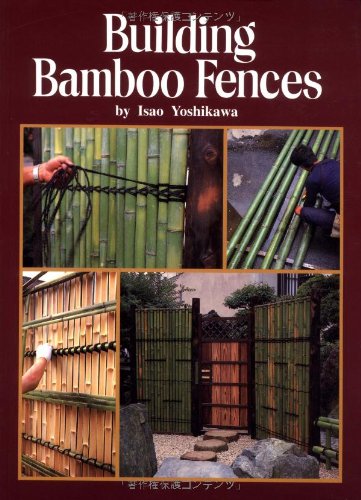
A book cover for Building Bamboo Fences; Isao Yoshikawa; Crafts, Hobbies & Home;